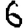
Digit: 6